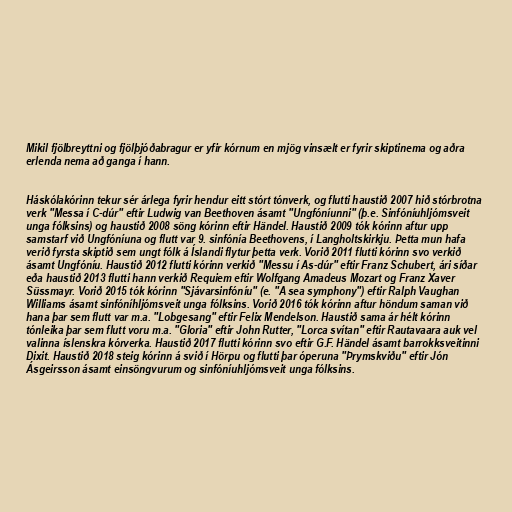
Mikil fjölbreyttni og fjölþjóðabragur er yfir kórnum en mjög vinsælt er fyrir skiptinema og aðra
erlenda nema að ganga í hann.

Háskólakórinn tekur sér árlega fyrir hendur eitt stórt tónverk, og flutti haustið 2007 hið stórbrotna
verk "Messa í C-dúr" eftir Ludwig van Beethoven ásamt "Ungfóníunni" (þ.e. Sinfóníuhljómsveit
unga fólksins) og haustið 2008 söng kórinn eftir Händel. Haustið 2009 tók kórinn aftur upp
samstarf við Ungfóníuna og flutt var 9. sinfónía Beethovens, í Langholtskirkju. Þetta mun hafa
verið fyrsta skiptið sem ungt fólk á Íslandi flytur þetta verk. Vorið 2011 flutti kórinn svo verkið
ásamt Ungfóníu. Haustið 2012 flutti kórinn verkið "Messu í As-dúr" eftir Franz Schubert, ári síðar
eða haustið 2013 flutti hann verkið Requiem eftir Wolfgang Amadeus Mozart og Franz Xaver
Süssmayr. Vorið 2015 tók kórinn "Sjávarsinfóníu" (e. "A sea symphony") eftir Ralph Vaughan
Williams ásamt sinfóníhljómsveit unga fólksins. Vorið 2016 tók kórinn aftur höndum saman við
hana þar sem flutt var m.a. "Lobgesang" eftir Felix Mendelson. Haustið sama ár hélt kórinn
tónleika þar sem flutt voru m.a. "Gloria" eftir John Rutter, "Lorca svítan" eftir Rautavaara auk vel
valinna íslenskra kórverka. Haustið 2017 flutti kórinn svo eftir G.F. Händel ásamt barrokksveitinni
Dixit. Haustið 2018 steig kórinn á svið í Hörpu og flutti þar óperuna "Þrymskviðu" eftir Jón
Ásgeirsson ásamt einsöngvurum og sinfóníuhljómsveit unga fólksins.